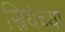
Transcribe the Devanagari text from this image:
स्त्रियेच्या